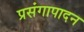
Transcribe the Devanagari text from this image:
प्रसंगापादन